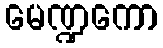
မေဏ္ဍကော